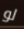
لو